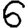
Digit: 6